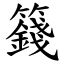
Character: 籛